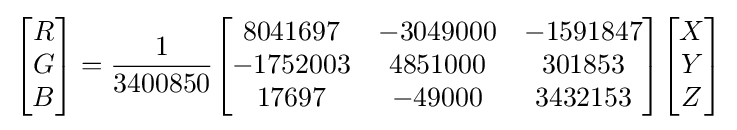
{\begin{bmatrix}R\\G\\B\end{bmatrix}}={\frac {1}{3400850}}{\begin{bmatrix}8041697&-3049000&-1591847\\-1752003&4851000&301853\\17697&-49000&3432153\end{bmatrix}}{\begin{bmatrix}X\\Y\\Z\end{bmatrix}}